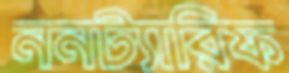
ননট্যারিফ